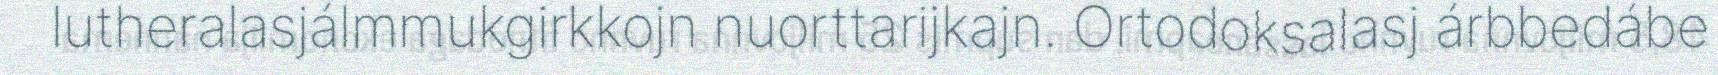
lutheralasjálmmukgirkkojn nuorttarijkajn. Ortodoksalasj árbbedábe